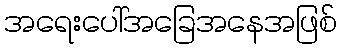
အရေးပေါ်အခြေအနေအဖြစ်